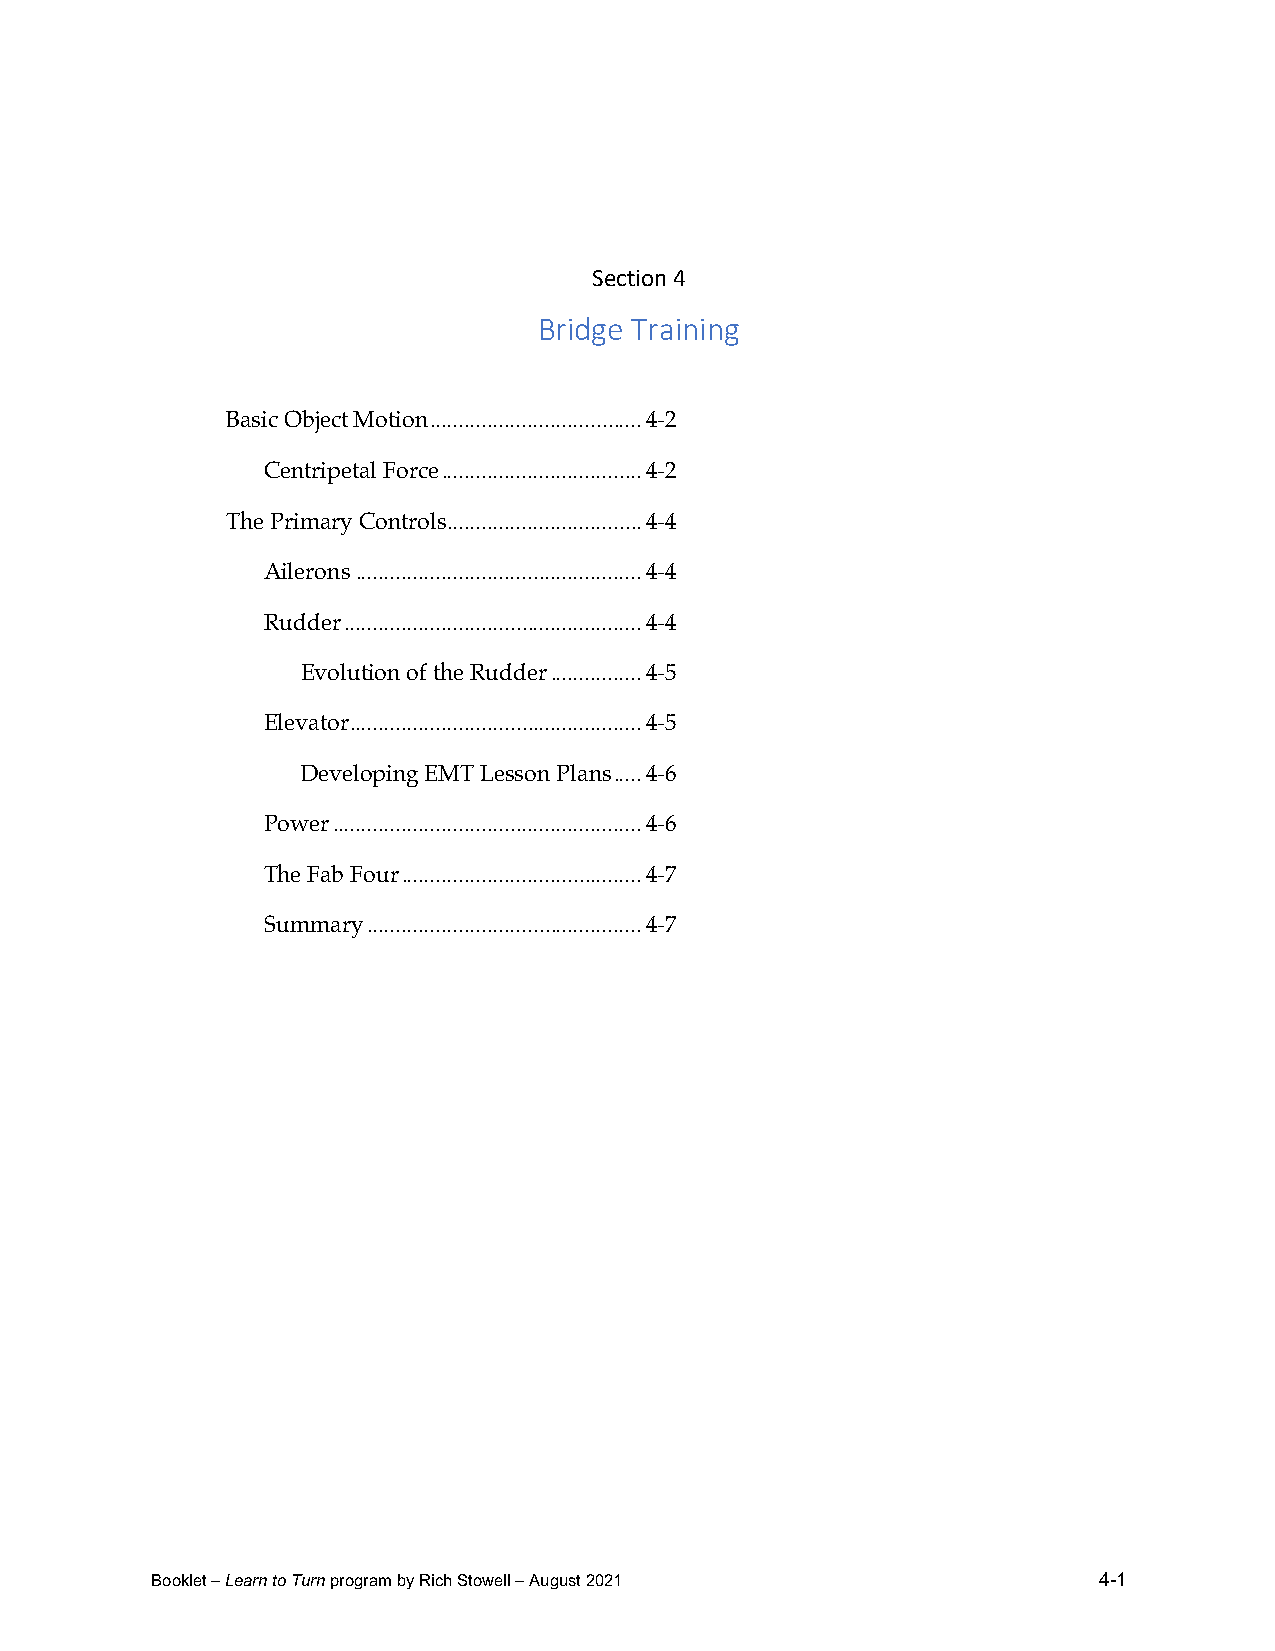
Section 4
 Bridge Training
 Basic Object Motion ..................................... 4-2
 Centripetal Force ................................... 4-2
 The Primary Controls .................................. 4-4
 Ailerons .................................................. 4-4
 Rudder .................................................... 4-4
 Evolution of the Rudder ................ 4-5
 Elevator ................................................... 4-5
 Developing EMT Lesson Plans ..... 4-6
 Power ...................................................... 4-6
 The Fab Four .......................................... 4-7
 Summary ................................................ 4-7
 Booklet – Learn to Turn program by Rich Stowell – August 2021  4-1